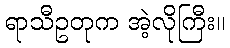
ရာသီဥတုက အဲ့လိုကြီး။